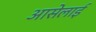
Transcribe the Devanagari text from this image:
आसेलाई